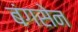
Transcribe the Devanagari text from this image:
बंगसेन